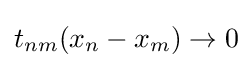
t_{nm}(x_{n}-x_{m})\to 0